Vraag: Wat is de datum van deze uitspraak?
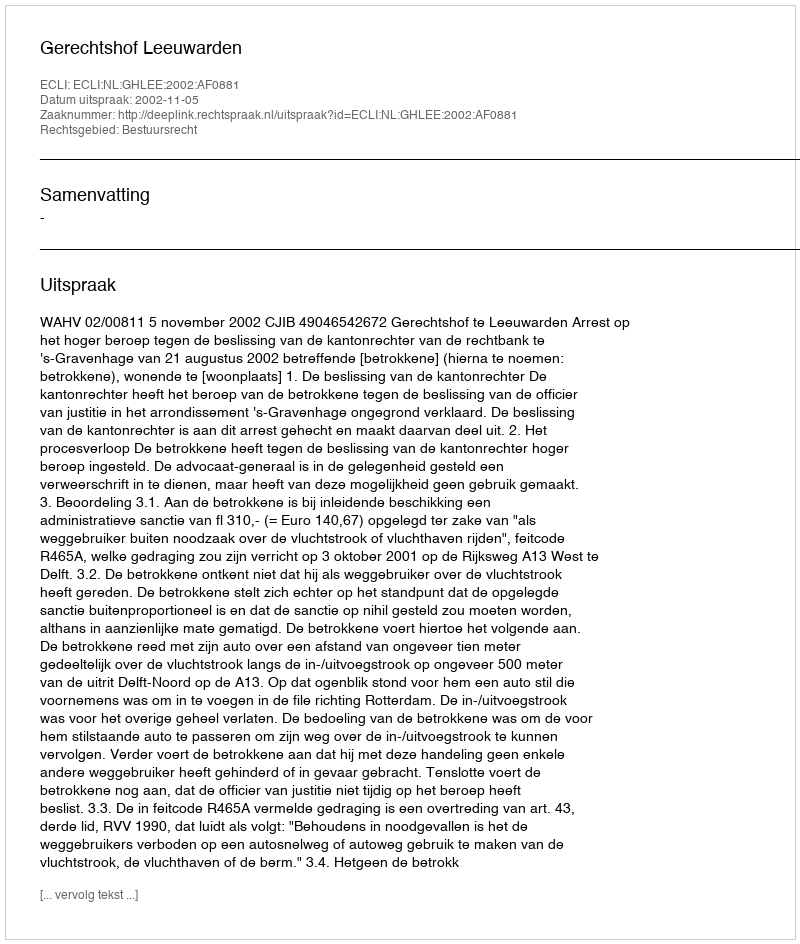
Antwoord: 2002-11-05